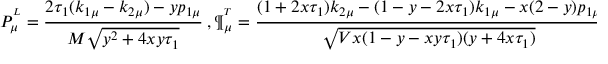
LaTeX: P _ { \mu } ^ { ^ L } = \frac { 2 \tau _ { 1 } ( k _ { 1 \mu } - k _ { 2 \mu } ) - y p _ { 1 \mu } } { M \sqrt { y ^ { 2 } + 4 x y \tau _ { 1 } } } \ , \P _ { \mu } ^ { ^ T } = \frac { ( 1 + 2 x \tau _ { 1 } ) k _ { 2 \mu } - ( 1 - y - 2 x \tau _ { 1 } ) k _ { 1 \mu } - x ( 2 - y ) p _ { 1 \mu } } { \sqrt { V x ( 1 - y - x y \tau _ { 1 } ) ( y + 4 x \tau _ { 1 } ) } } \ .